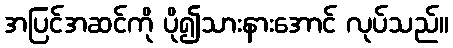
အပြင်အဆင်ကို ပို၍သားနားအောင် လုပ်သည်။